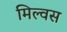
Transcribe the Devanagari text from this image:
मिल्वस